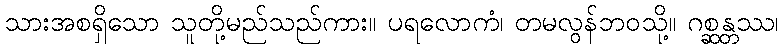
သားအစရှိသော သူတို့မည်သည်ကား။ ပရလောကံ၊ တမလွန်ဘဝသို့။ ဂစ္ဆန္တဿ၊